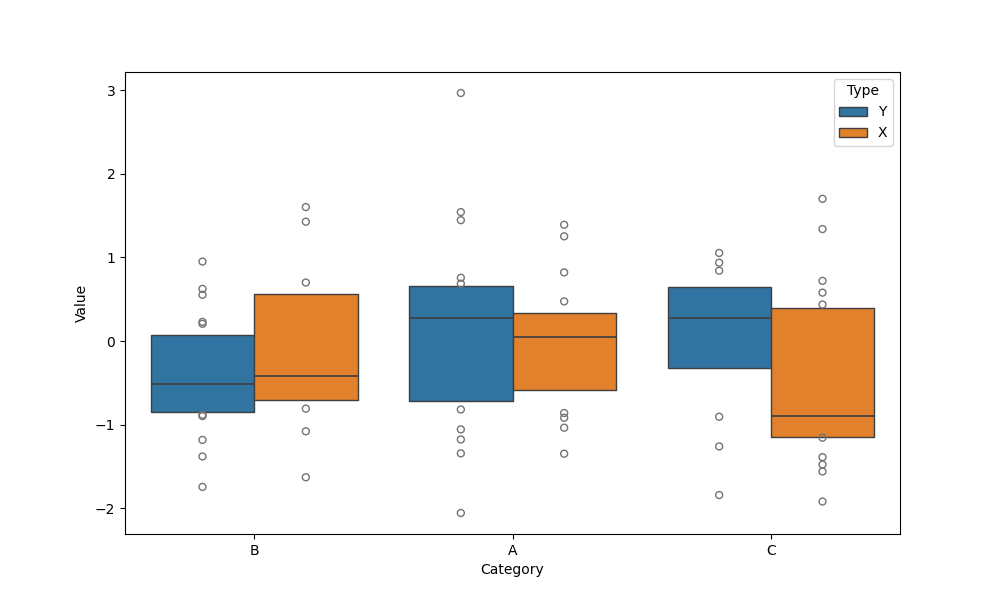
python, seaborn, boxenplot, k_depth='tukey', linewidth=1, scale='exponential', outlier_prop=0.2, showfliers=True